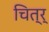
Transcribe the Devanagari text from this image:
चित्र्